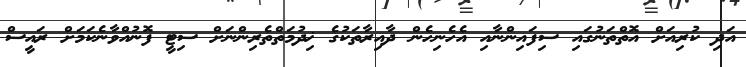
އަދި ކުރިއަށް އޮތްތަނުގައި ސިފައިންނާއި އެހެނިހެން ދާއިރާތަކުގެ ޚިދުމަތްތެރިންނަށް ސިޓީ ފޮނުއްވާނެކަމަށް ރައީސް